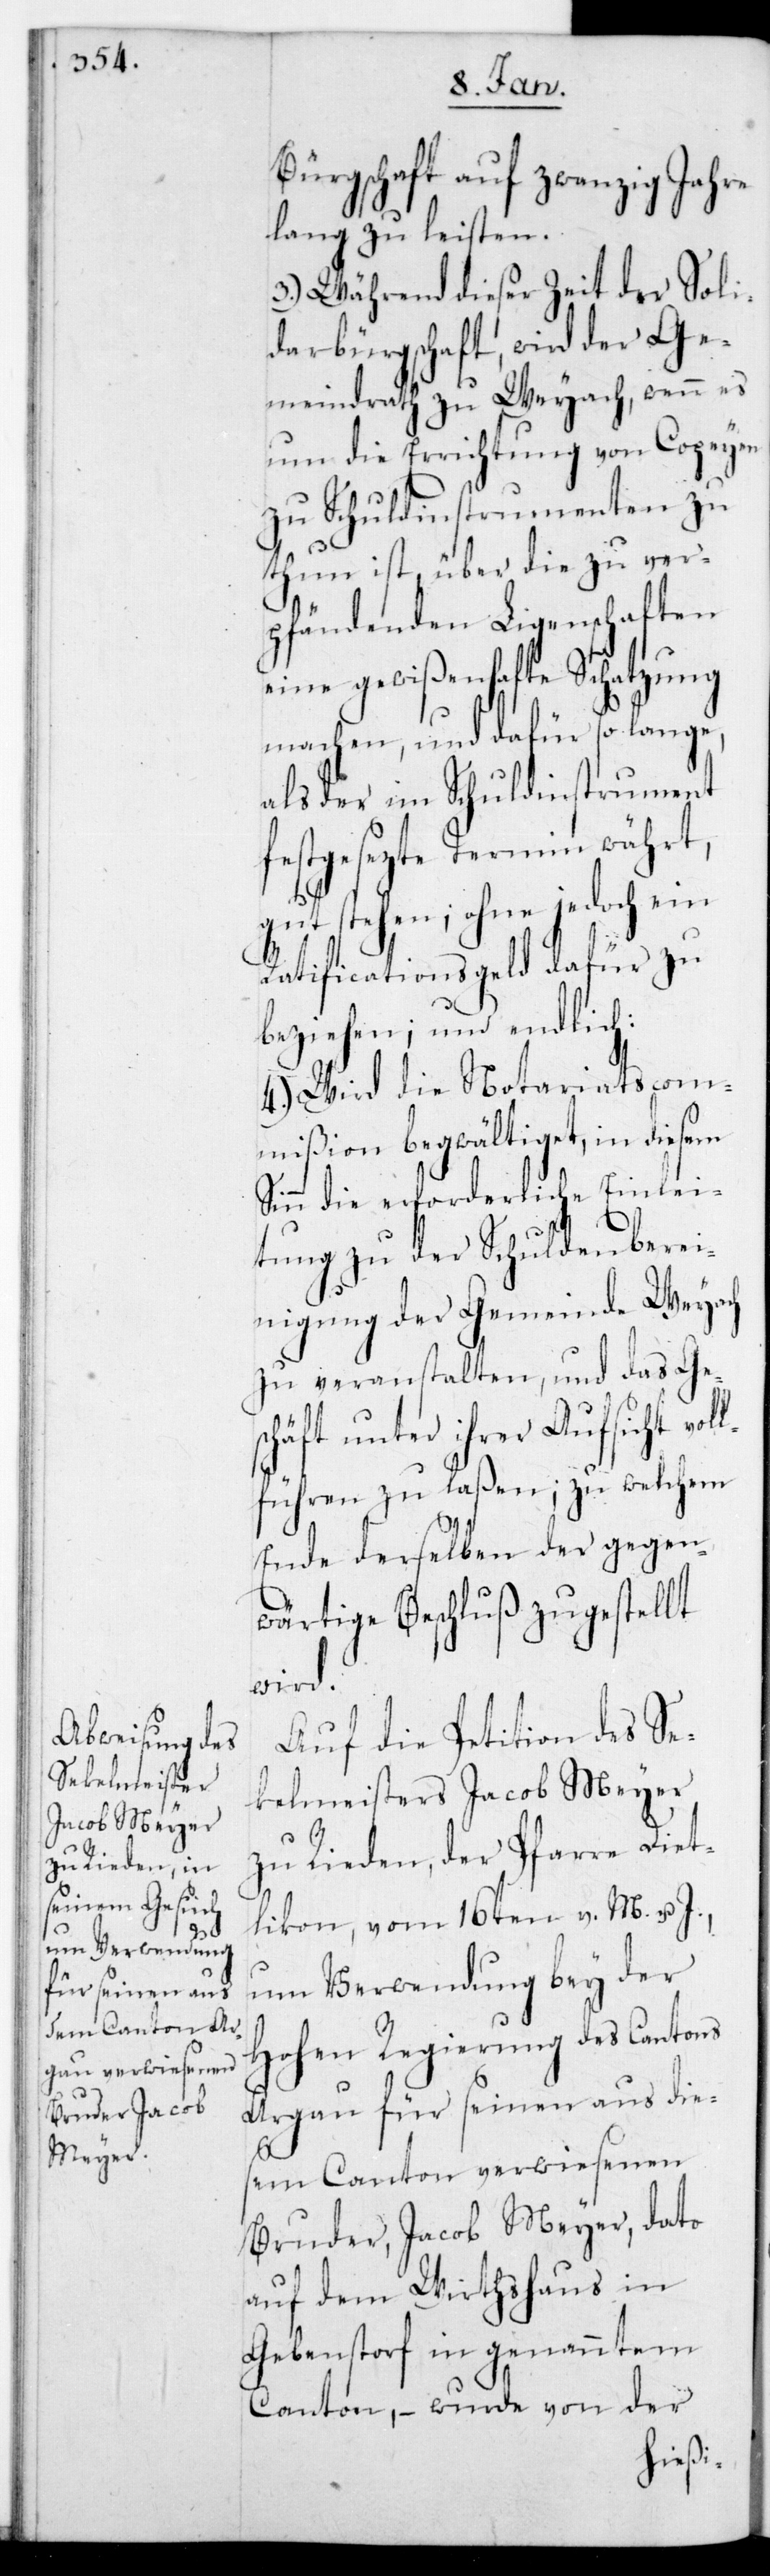
ürgschaft wird der Ge¬
meindrath zu Weyach, wenn es
um die Errichtung von Copeyen
zu Schuldinstrumenten zu
thun ist, über die zu ver¬
pfändenden Liegenschaften
eine gewißenhafte Schatzung
machen, und dafür so lange,
als der im Schuldinstrument
festgesezte Termin währt,
gutstehen; ohne jedoch ein
Ratificationsgeld dafür zu
beziehen; und endlich
4.) Wird die Notariatscom¬
mißion begwältiget, in diesem
Sinn die erforderliche Einlei¬
tung zu der Schuldenberei¬
nigung der Gemeinde Weyach
zu veranstalten, und das Ges¬
chäft unter ihrer Aufsicht vol¬
lführen zu laßen; zu welchem
Ende derselben der gegen¬
wärtige Beschluß zugestellt
wird.
Auf die Petition des Se¬
kelmeisters Jacob Meyer
zu Rieden, der Pfarre Diet¬
likon, vom 16ten v. M. u.
um Verwendung bey der
Hohen Regierung des Cantons
Aargau für seinen aus die¬
sem Canton verwiesenen
Bruder, Jacob Meyer, dato
auf dem Wirthshaus in
Gebenstorf in genanntem
Canton, – wurde von der